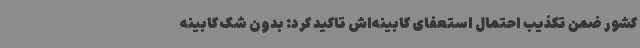
کشور ضمن تکذیب احتمال استعفای کابینه‌اش تاکید کرد: بدون شک کابینه